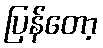
ပြန်တော့